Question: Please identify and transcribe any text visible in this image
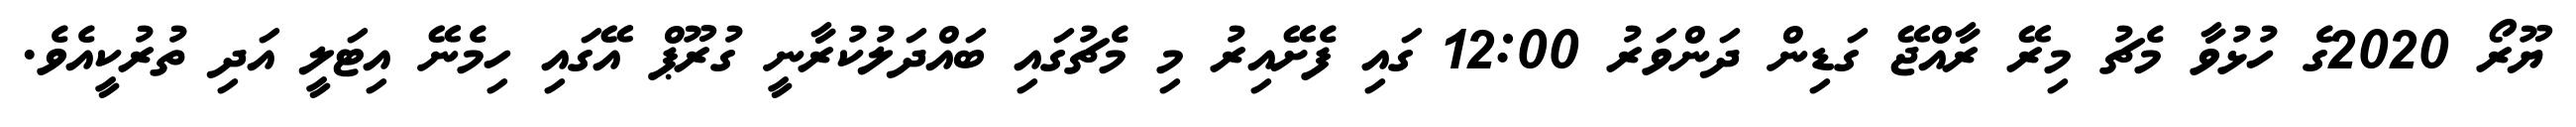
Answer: ޔޫރޯ 2020ގެ ހުޅުވާ މެޗު މިރޭ ރާއްޖޭ ގަޑިން ދަންވަރު 12:00 ގައި ފެށޭއިރު މި މެޗުގައި ބައްދަލުކުރާނީ ގުރޫޕް އޭގައި ހިމެނޭ އިޓަލީ އަދި ތުރުކީއެވެ.